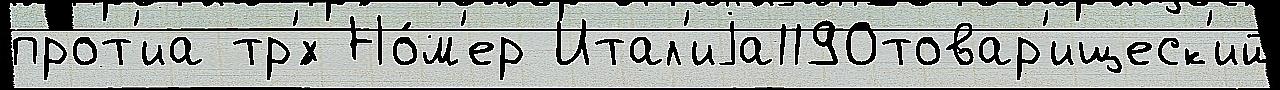
прот'иа тр'́х Но́м'ер Итал'иjа1190товар'ищеск'ий